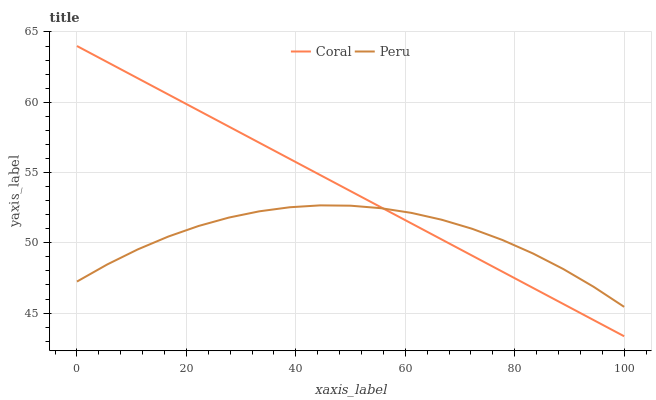
| xaxis_label | Coral | Peru |
 | --- | --- | --- |
 | 0 | 64 | 47.2 |
 | 5.56 | 62.9 | 48.5 |
 | 11.1 | 61.7 | 49.5 |
 | 16.7 | 60.6 | 50.4 |
 | 22.2 | 59.4 | 51.2 |
 | 27.8 | 58.3 | 51.8 |
 | 33.3 | 57.1 | 52.2 |
 | 38.9 | 56 | 52.5 |
 | 44.4 | 54.8 | 52.7 |
 | 50 | 53.7 | 52.6 |
 | 55.6 | 52.5 | 52.5 |
 | 61.1 | 51.4 | 52.1 |
 | 66.7 | 50.2 | 51.6 |
 | 72.2 | 49.1 | 51 |
 | 77.8 | 47.9 | 50.2 |
 | 83.3 | 46.8 | 49.2 |
 | 88.9 | 45.6 | 48.1 |
 | 94.4 | 44.5 | 46.9 |
 | 100 | 43.4 | 45.4 |